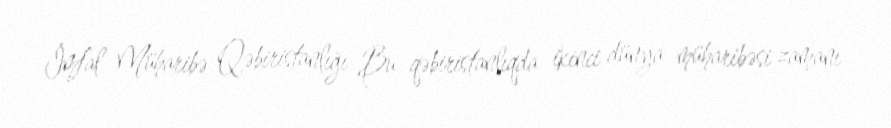
İmfal Müharibə Qəbiristanlığı Bu qəbiristanlıqda ikinci dünya müharibəsi zamanı